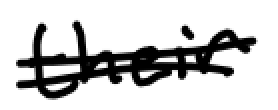
Text: their
Cross-out: double-line
Writing tool: digital_black